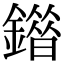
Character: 䥘